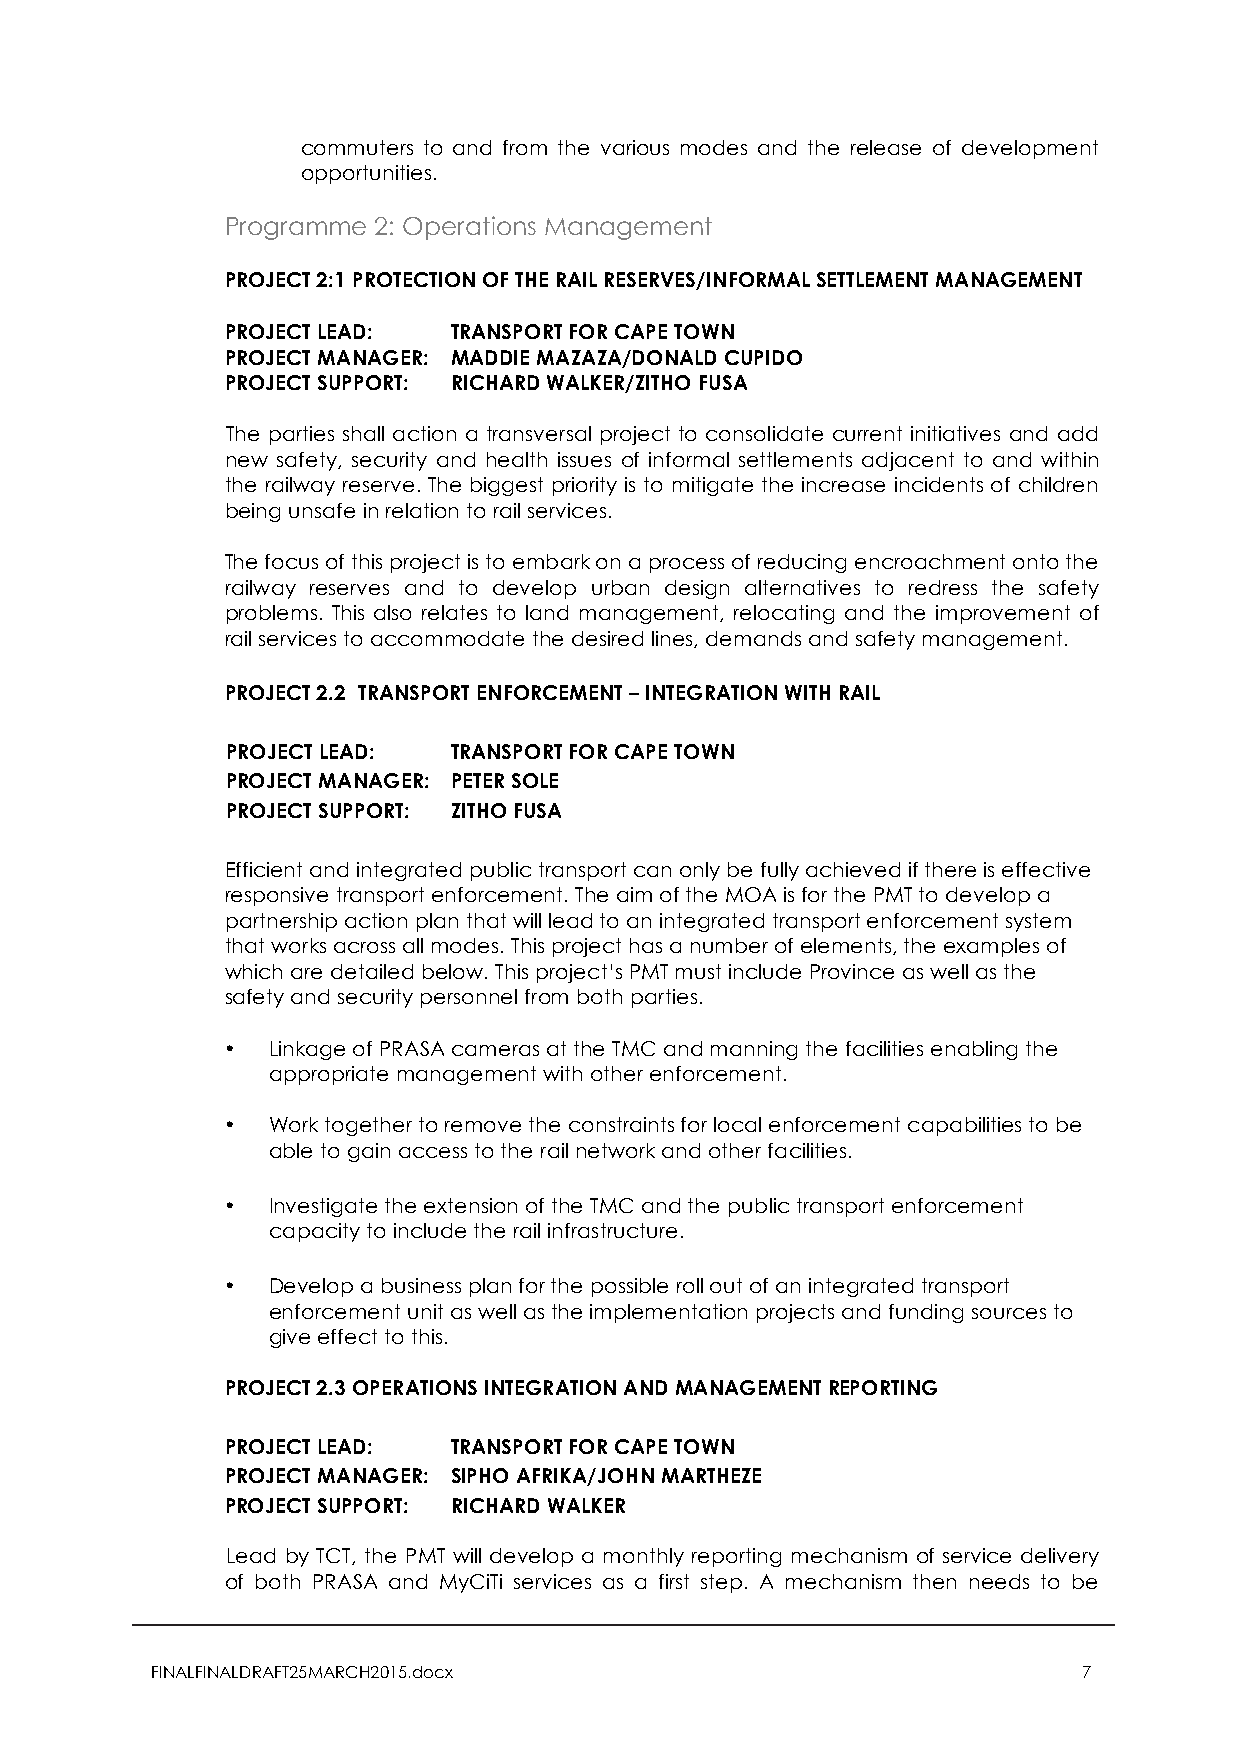
commuters to and from the various modes and the release of development
 opportunities.
 Programme 2: Operations Management
 PROJECT 2:1 PROTECTION OF THE RAIL RESERVES/INFORMAL SETTLEMENT MANAGEMENT
 PROJECT LEAD:  TRANSPORT FOR CAPE TOWN
 PROJECT MANAGER: MADDIE MAZAZA/DONALD CUPIDO
 PROJECT SUPPORT: RICHARD WALKER/ZITHO FUSA
 The parties shall action a transversal project to consolidate current initiatives and add
 new safety, security and health issues of informal settlements adjacent to and within
 the railway reserve. The biggest priority is to mitigate the increase incidents of children
 being unsafe in relation to rail services.
 The focus of this project is to embark on a process of reducing encroachment onto the
 railway reserves and to develop urban design alternatives to redress the safety
 problems. This also relates to land management, relocating and the improvement of
 rail services to accommodate the desired lines, demands and safety management.
 PROJECT 2.2 TRANSPORT ENFORCEMENT – INTEGRATION WITH RAIL
 PROJECT LEAD:  TRANSPORT FOR CAPE TOWN
 PROJECT MANAGER: PETER SOLE
 PROJECT SUPPORT: ZITHO FUSA
 Efficient and integrated public transport can only be fully achieved if there is effective
 responsive transport enforcement. The aim of the MOA is for the PMT to develop a
 partnership action plan that will lead to an integrated transport enforcement system
 that works across all modes. This project has a number of elements, the examples of
 which are detailed below. This project’s PMT must include Province as well as the
 safety and security personnel from both parties.
 •  Linkage of PRASA cameras at the TMC and manning the facilities enabling the
 appropriate management with other enforcement.
 •  Work together to remove the constraints for local enforcement capabilities to be
 able to gain access to the rail network and other facilities.
 •  Investigate the extension of the TMC and the public transport enforcement
 capacity to include the rail infrastructure.
 •  Develop a business plan for the possible roll out of an integrated transport
 enforcement unit as well as the implementation projects and funding sources to
 give effect to this.
 PROJECT 2.3 OPERATIONS INTEGRATION AND MANAGEMENT REPORTING
 PROJECT LEAD:  TRANSPORT FOR CAPE TOWN
 PROJECT MANAGER: SIPHO AFRIKA/JOHN MARTHEZE
 PROJECT SUPPORT: RICHARD WALKER
 Lead by TCT, the PMT will develop a monthly reporting mechanism of service delivery
 of both PRASA and MyCiTi services as a first step. A mechanism then needs to be
 FINALFINALDRAFT25MARCH2015.docx                               7